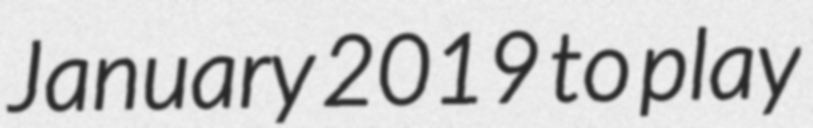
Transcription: January 2019 to play